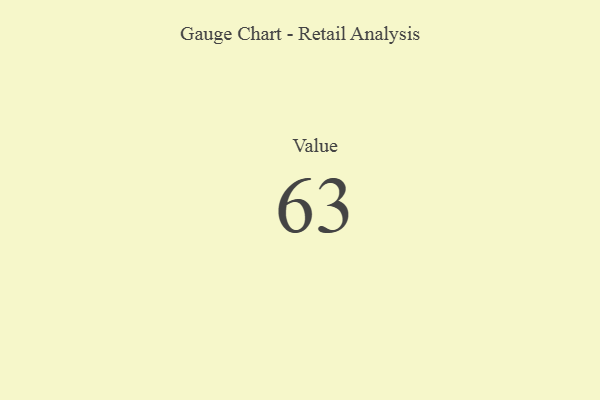
{"axis": {"x": "Metric", "y": "Value"}, "legend": [""], "data": [{"x": "Value", "y": 63, "type": ""}]}